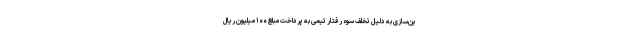
ین‌سازی به دلیل تخلف سوء رفتار تیمی به پرداخت مبلغ ۱۰۰ میلیون ریال